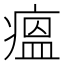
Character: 瘟